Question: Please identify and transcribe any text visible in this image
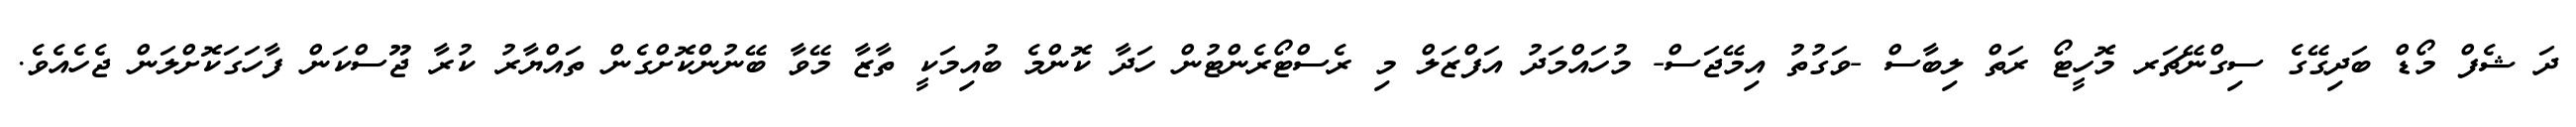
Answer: ދަ ޝެފް މޯޑް ބަދިގޭގެ ސިގްނޭޗަރ މޮހީޓޯ ރަތް ލިބާސް -ވަގުތު އިމޭޖަސް- މުހައްމަދު އަފްޒަލް މި ރެސްޓޯރެންޓުން ހަދާ ކޮންމެ ބުއިމަކީ ތާޒާ މޭވާ ބޭނުންކޮށްގެން ތައްޔާރު ކުރާ ޖޫސްކަން ފާހަގަކޮށްލަން ޖެހެއެވެ.